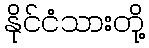
နိုင်ငံသားတို့